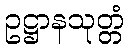
ဥဋ္ဌာနသုတ္တံ